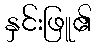
နှင်းဖြူ၏